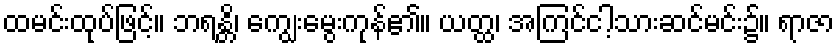
ထမင်းထုပ်ဖြင့်။ ဘရန္တိ၊ ကျွေးမွေးကုန်၏။ ယတ္ထ၊ အကြင်ငါ့သားဆင်မင်း၌။ ရာဇာ